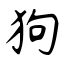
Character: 狗